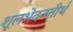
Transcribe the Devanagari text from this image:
शूलभेदनतीर्थ